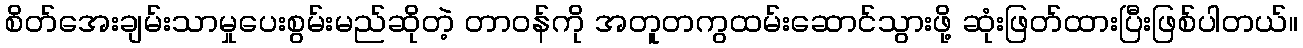
စိတ်အေးချမ်းသာမှုပေးစွမ်းမည်ဆိုတဲ့ တာဝန်ကို အတူတကွထမ်းဆောင်သွားဖို့ ဆုံးဖြတ်ထားပြီးဖြစ်ပါတယ်။